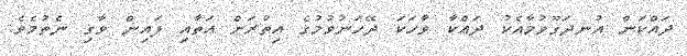
ދައްކަން އުނދަގޫވުމާއެކު ދައްކާ ވާހަކަ ދޭހަނުވުމުގެ އިތުރަށް އަތާއި ފައިން ވާގި ނެތުމެވެ.